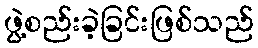
ဖွဲ့စည်းခဲ့ခြင်းဖြစ်သည်